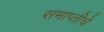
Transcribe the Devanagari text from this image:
समाप्तीचे